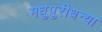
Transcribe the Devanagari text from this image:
मधुपुरीधन्या